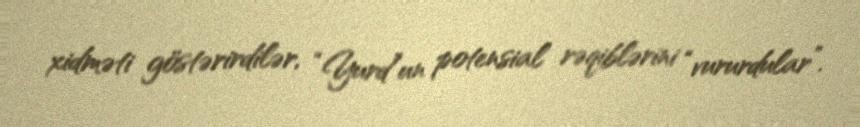
xidməti göstərirdilər, “Yurd”un potensial rəqiblərini “vururdular”.